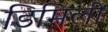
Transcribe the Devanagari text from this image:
डिमिली